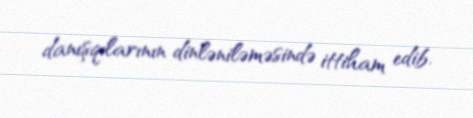
danışqılarının dinləniləməsində ittiham edib.